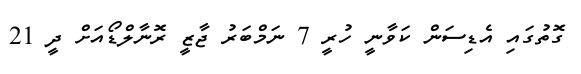
ގޮތުގައި އެޑިސަން ކަވާނީ ހުރީ 7 ނަމްބަރު ޖާޒީ ރޮނާލްޑޯއަށް ދީ 21